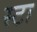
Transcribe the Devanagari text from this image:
स्टा